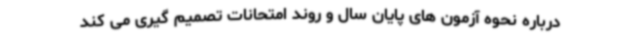
درباره نحوه آزمون های پایان سال و روند امتحانات تصمیم گیری می کند